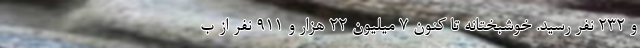
و ۲۳۲ نفر رسید. خوشبختانه تا کنون ۷ میلیون ۲۲ هزار و ۹۱۱ نفر از ب